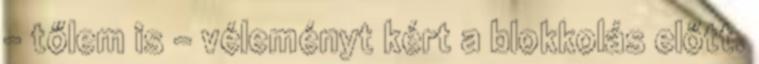
– tőlem is – véleményt kért a blokkolás előtt.